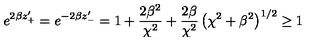
e ^ { 2 \beta z _ { + } ^ { \prime } } = e ^ { - 2 \beta z _ { - } ^ { \prime } } = 1 + \frac { 2 \beta ^ { 2 } } { \chi ^ { 2 } } + \frac { 2 \beta } { \chi ^ { 2 } } \left( \chi ^ { 2 } + \beta ^ { 2 } \right) ^ { 1 / 2 } \geq 1